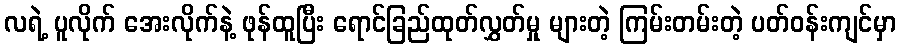
လရဲ့ ပူလိုက် အေးလိုက်နဲ့ ဖုန်ထူပြီး ရောင်ခြည်ထုတ်လွှတ်မှု များတဲ့ ကြမ်းတမ်းတဲ့ ပတ်ဝန်းကျင်မှာ